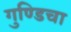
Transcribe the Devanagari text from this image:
गुण्डिचा